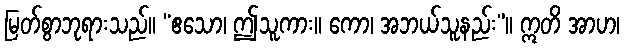
မြတ်စွာဘုရားသည်။ “ဧသော၊ ဤသူကား။ ကော၊ အဘယ်သူနည်း”။ ဣတိ အာဟ၊